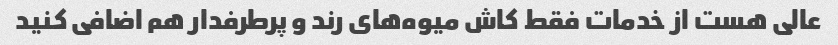
عالی هست از خدمات فقط کاش میوه‌های رند و پرطرفدار هم اضافی کنید